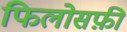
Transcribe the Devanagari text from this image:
फिलोसफ़ी